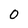
Character: 0